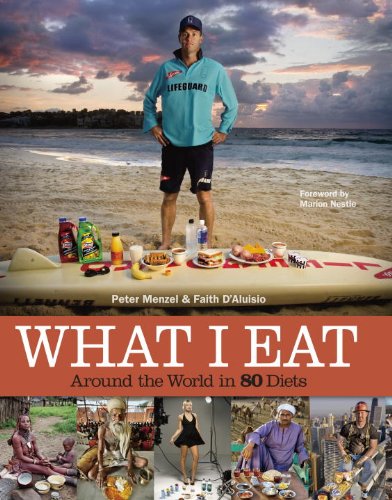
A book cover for What I Eat: Around the World in 80 Diets; Peter Menzel; Arts & Photography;